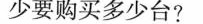
少要购买多少台?